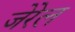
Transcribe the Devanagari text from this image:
जेरेल